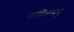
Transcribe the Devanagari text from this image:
वासितामनु